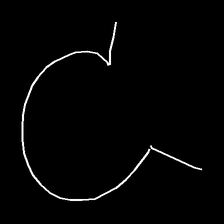
Glyph: weave